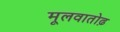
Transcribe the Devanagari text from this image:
मूलवातोढ़